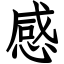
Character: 感